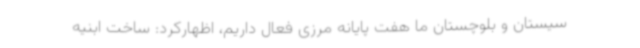
سیستان و بلوچستان ما هفت پایانه مرزی فعال داریم، اظهارکرد: ساخت ابنیه